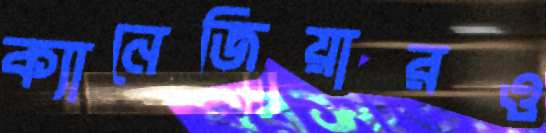
ক্যানেজিয়ারও